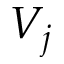
V _ { j }